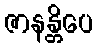
ဇာနန္တိပေ